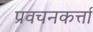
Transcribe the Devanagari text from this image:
प्रवचनकर्त्ता